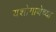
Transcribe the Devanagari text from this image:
यशोगाथेच्या